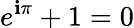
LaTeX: e^{\mathbf{i}\pi}+1=0